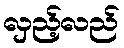
လှည့်လည်